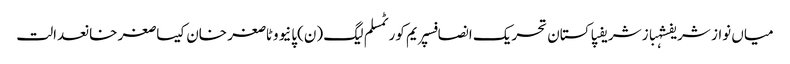
میاں نواز شریفشہباز شریفپاکستان تحریک انصافسپریم کورٹمسلم لیگ (ن)پانیووٹاصغر خان کیساصغر خانعدالت